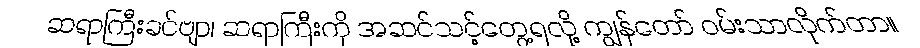
ဆရာကြီးခင်ဗျာ၊ ဆရာကြီးကို အဆင်သင့်တွေ့ရလို့ ကျွန်တော် ဝမ်းသာလိုက်တာ။